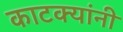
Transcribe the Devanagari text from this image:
काटक्यांनी